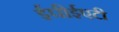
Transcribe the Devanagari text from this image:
ईपीईएटी